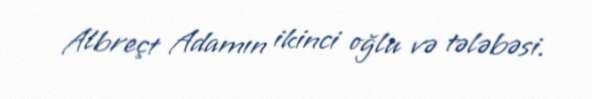
Albreçt Adamın ikinci oğlu və tələbəsi.